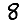
Digit: 8